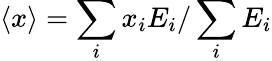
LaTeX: \left<x\right>=\sum_{i}{x_{i}E_{i}}/\sum_{i}{E_{i}}